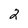
Character: 2